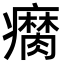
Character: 𤻚